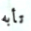
تأبه